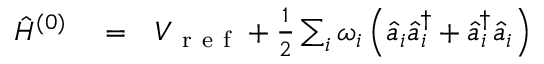
\begin{array} { r l r } { \hat { H } ^ { ( 0 ) } } & { { } = } & { V _ { \mathrm { ~ r ~ e ~ f ~ } } + \frac { 1 } { 2 } \sum _ { i } \omega _ { i } \left( \hat { a } _ { i } \hat { a } _ { i } ^ { \dagger } + \hat { a } _ { i } ^ { \dagger } \hat { a } _ { i } \right) } \end{array}